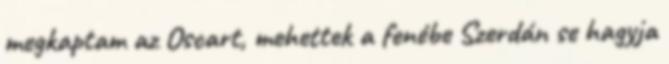
megkaptam az Oscart, mehettek a fenébe Szerdán se hagyja